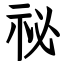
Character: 祕